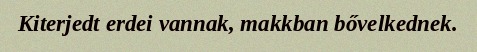
Kiterjedt erdei vannak, makkban bővelkednek.